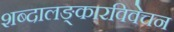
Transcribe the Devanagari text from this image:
शब्दालङ्कारविवेचन